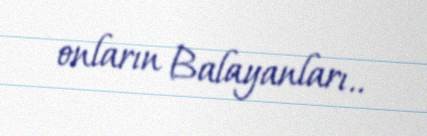
onların Balayanları..